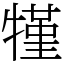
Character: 㹏